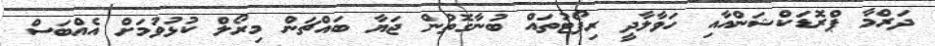
ދަރްމާ ޕްރޮޑަކްޝަންއާއި ހަވާލާދީ ރިޕޯޓުތައް ބުނާގޮތުން ޖަޔާ ބައްޗަން މިރޯލް ކުޅުވުމަށް އެއްބަސް